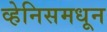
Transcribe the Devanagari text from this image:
व्हेनिसमधून